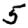
Digit: 5